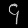
Digit: ၄